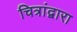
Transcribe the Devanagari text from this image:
चित्रांद्वारा